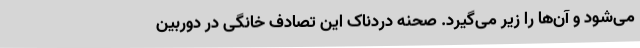
می‌شود و آن‌ها را زیر می‌گیرد. صحنه دردناک این تصادف خانگی در دوربین